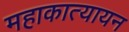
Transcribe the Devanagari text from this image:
महाकात्यायन